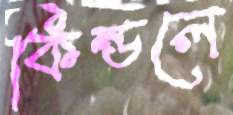
কিন্ডলে